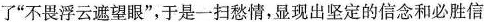
了“不畏浮云遮望眼”，于是一扫愁情，显现出坚定的信念和必胜信